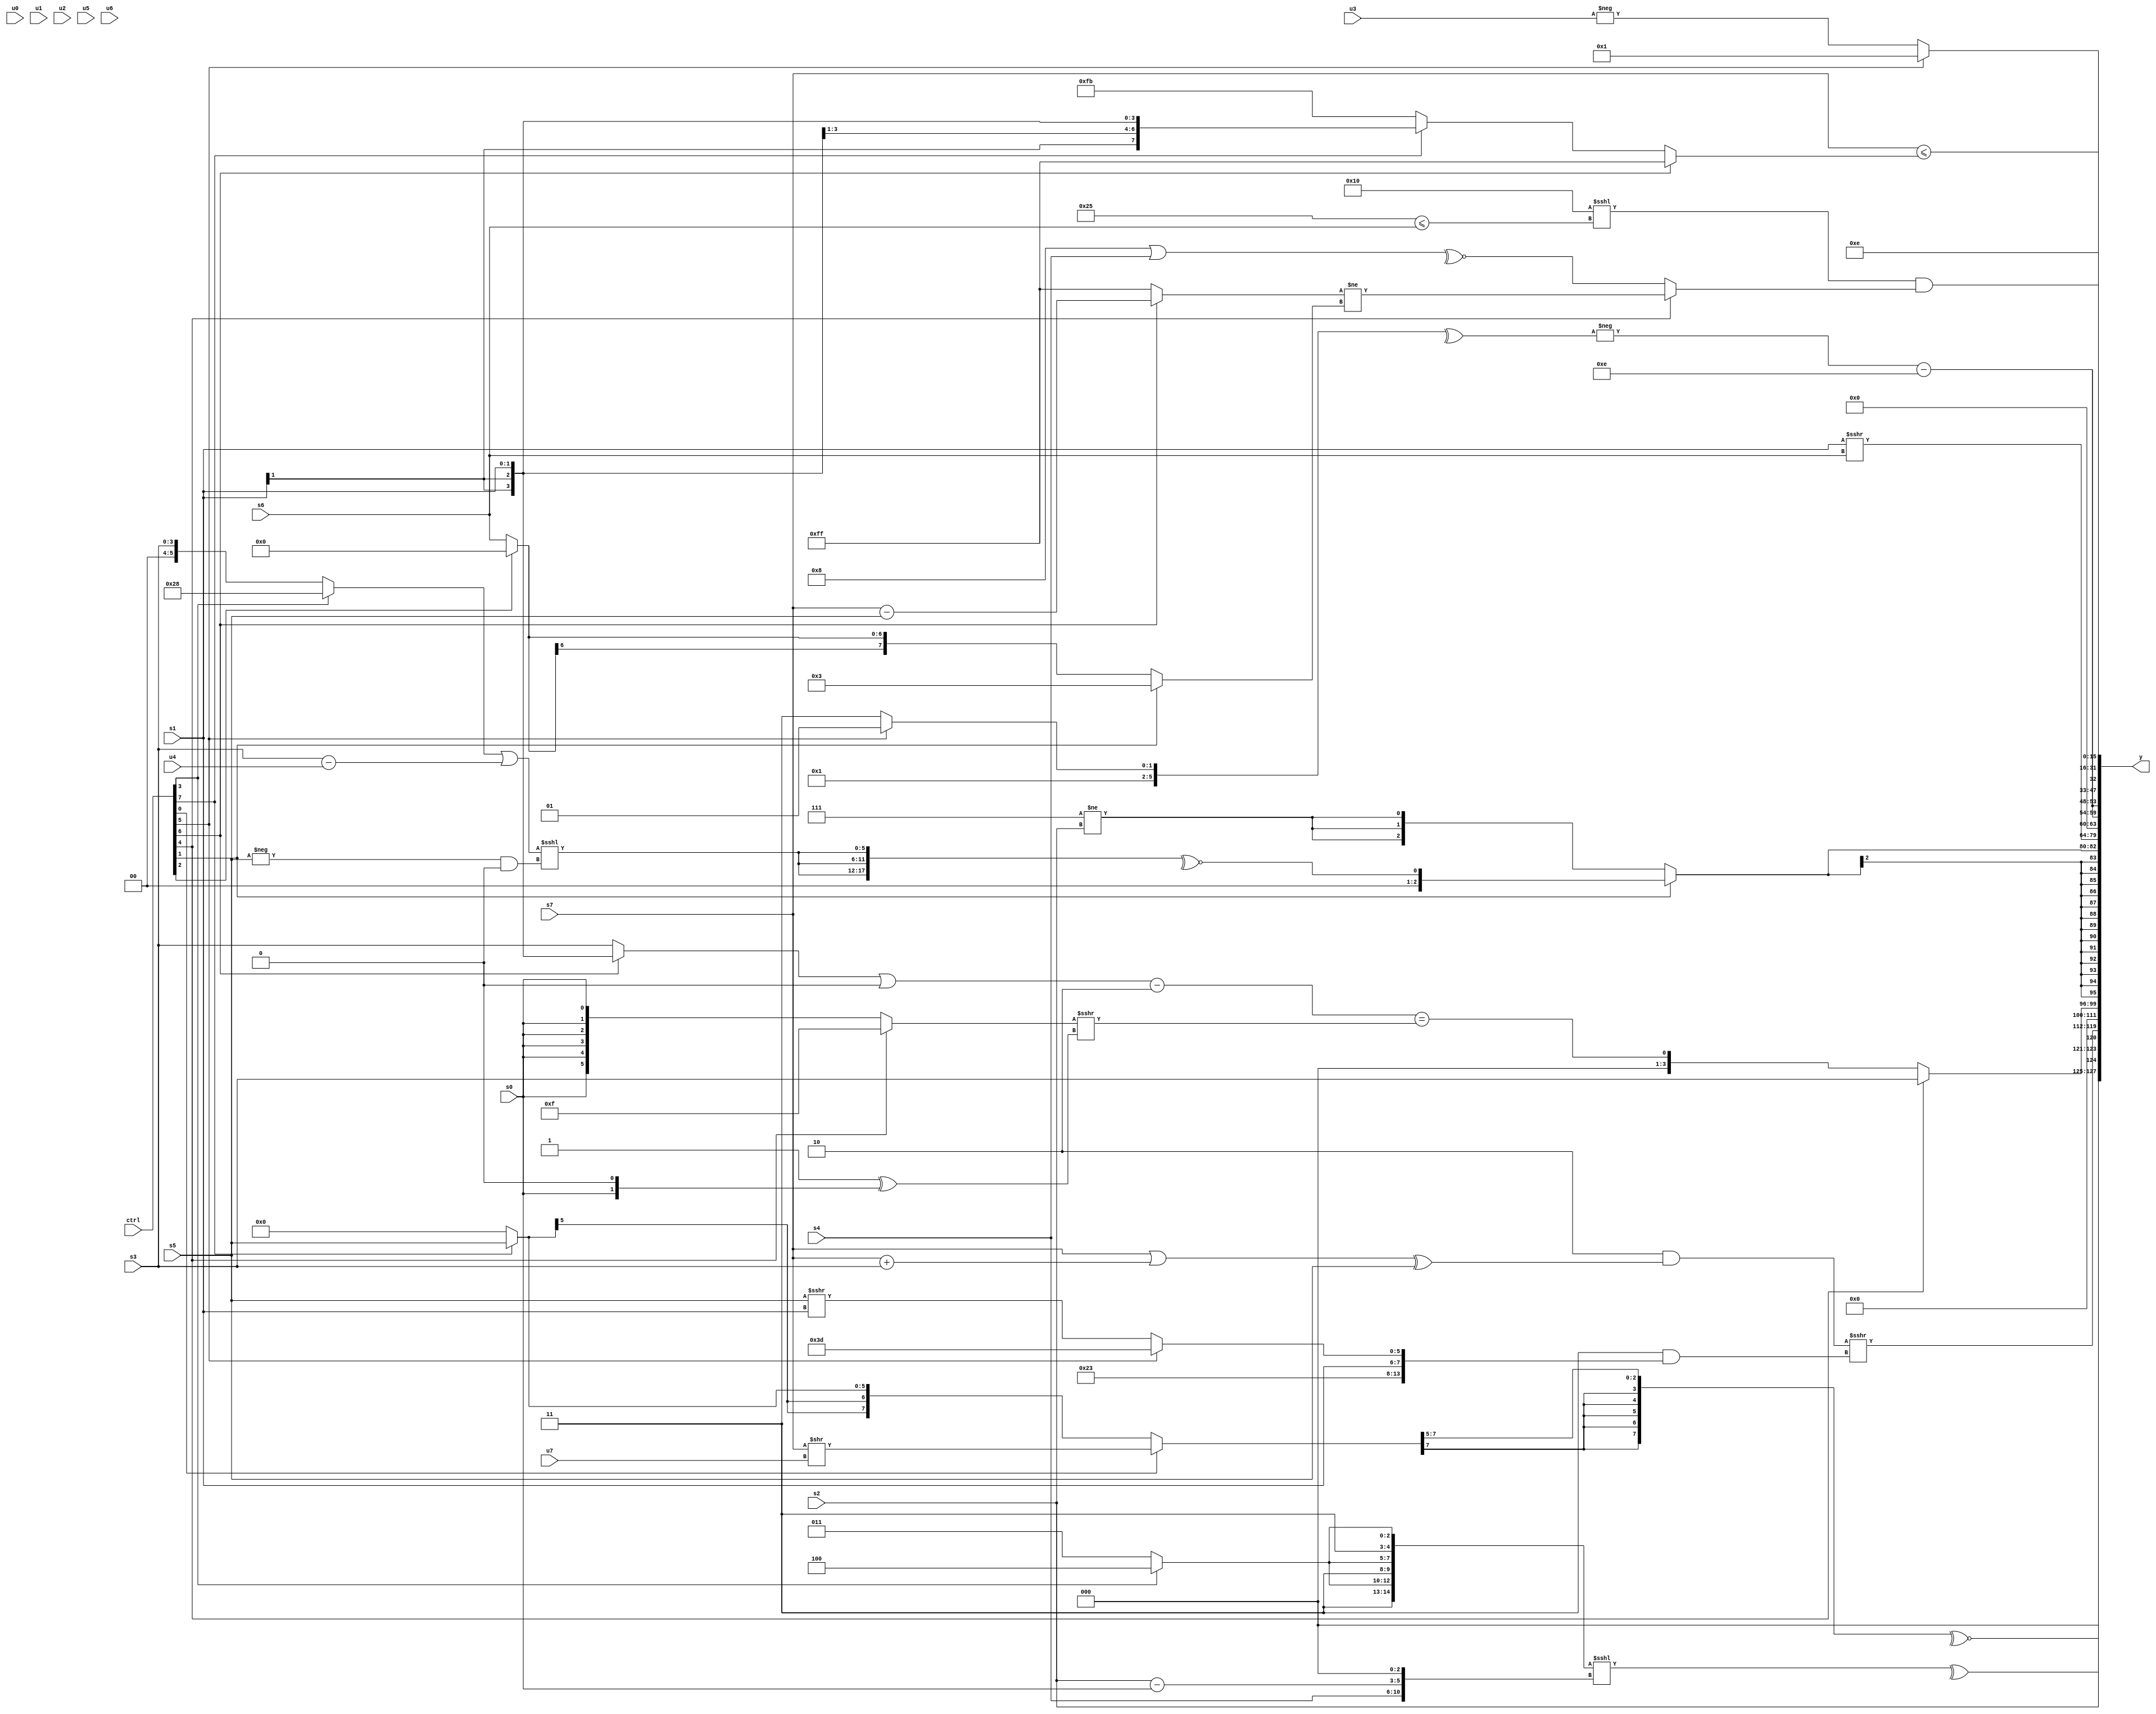
module wideexpr_00179(ctrl, u0, u1, u2, u3, u4, u5, u6, u7, s0, s1, s2, s3, s4, s5, s6, s7, y);
  input [7:0] ctrl;
  input [0:0] u0;
  input [1:0] u1;
  input [2:0] u2;
  input [3:0] u3;
  input [4:0] u4;
  input [5:0] u5;
  input [6:0] u6;
  input [7:0] u7;
  input signed [0:0] s0;
  input signed [1:0] s1;
  input signed [2:0] s2;
  input signed [3:0] s3;
  input signed [4:0] s4;
  input signed [5:0] s5;
  input signed [6:0] s6;
  input signed [7:0] s7;
  output [127:0] y;
  wire [15:0] y0;
  wire [15:0] y1;
  wire [15:0] y2;
  wire [15:0] y3;
  wire [15:0] y4;
  wire [15:0] y5;
  wire [15:0] y6;
  wire [15:0] y7;
  assign y = {y0,y1,y2,y3,y4,y5,y6,y7};
  assign y0 = {~^(((ctrl[0]?(s7)>>($unsigned(u7)):(ctrl[7]?s5:2'sb00)))>>>({2{2'sb01}})),{1{+(s2)}},$unsigned(^(({3{(ctrl[3]?3'sb100:5'sb11011)}})<<<({s4,(s2)-(s0),(2'sb11)^(3'sb111)}))),((2'sb10)&(((+(s7))|((s7)+(s3)))^($signed({s5}))))>>>((2'sb11)&({5'b10001,((6'sb111010)<<<(6'sb100000))!=(+(2'b11)),s1,(ctrl[5]?$signed(3'sb101):(s5)>>>(s1))}))};
  assign y1 = (ctrl[4]?s3:((((ctrl[6]?s1:s3))|((6'sb001000)<<<(5'b01110)))-(2'sb10))==(((ctrl[4]?5'sb01111:(s0)<<<(3'sb000)))>>>((2'sb11)^((s0)<<<(2'b01)))));
  assign y2 = $signed((ctrl[1]?~^({3{(((ctrl[3]?6'b101000:s3))|((s3)-(u4)))<<<((-(s5))&(1'sb0))}}):{3{{(6'b000111)!=({1{s2}})}}}));
  assign y3 = (s1)>>>(s6);
  assign y4 = {2{(-(^((ctrl[5]?(5'sb01101)&(-(6'sb001011)):4'sb0111))))-((+(4'sb0101))-(6'sb110111))}};
  assign y5 = {4'sb1110,(s7)<=((ctrl[6]?2'sb11:(ctrl[7]?s1:$signed(6'sb111011))))};
  assign y6 = +((ctrl[5]?$signed(1'sb1):-((u3)<<((6'sb000000)<<((s2)>>(4'sb1101))))));
  assign y7 = (+((5'sb10000)<<<(-((6'sb100101)<=(s6)))))&((ctrl[4]?((ctrl[6]?(s7)-(s5):$signed(1'sb1)))!=((ctrl[1]?$signed(3'sb011):(ctrl[2]?1'sb0:s6))):~^((+(5'sb11000))|(s4))));
endmodule